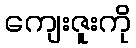
ကျေးဇူးကို